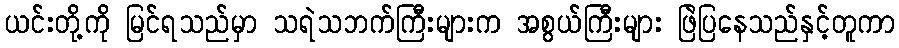
ယင်းတို့ကို မြင်ရသည်မှာ သရဲသဘက်ကြီးများက အစွယ်ကြီးများ ဖြဲပြနေသည်နှင့်တူကာ